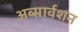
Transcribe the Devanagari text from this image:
अव्सार्वशन